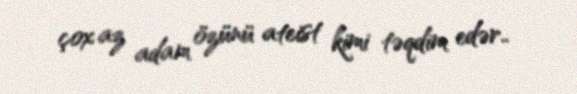
çox az adam özünü ateist kimi təqdim edər..